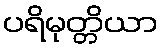
ပရိမုတ္တိယာ